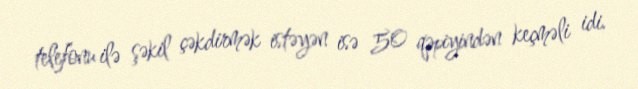
telefonu ilə şəkil çəkdirmək istəyən isə 50 qəpiyindən keçməli idi.